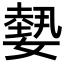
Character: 𡢂